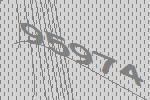
95974